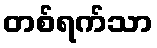
တစ်ရက်သာ